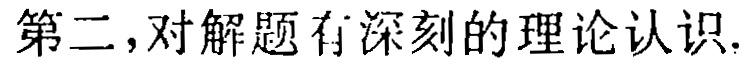
第二，对解题有深刻的理论认识.